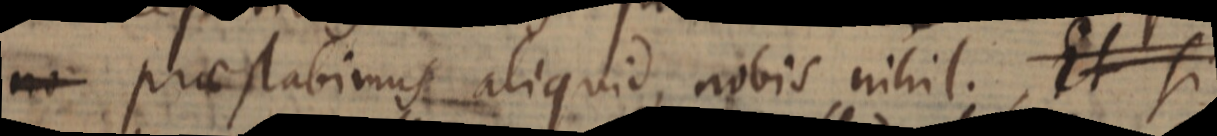
no praestabimus aliquid, nobis nihil. Et si